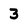
Character: 3